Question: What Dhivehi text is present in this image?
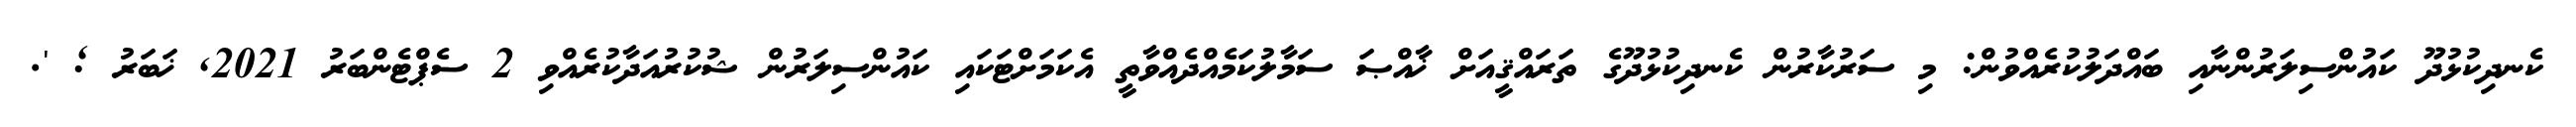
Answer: ކެނދިކުޅުދޫ ކައުންސިލަރުންނާއި ބައްދަލުކުރެއްވުން: މި ސަރުކާރުން ކެނދިކުޅުދޫގެ ތަރައްޤީއަށް ޚާއްޞަ ސަމާލުކަމެއްދެއްވާތީ އެކަމަށްޓަކައި ކައުންސިލަރުން ޝުކުރުއަދާކުރެއްވި 2 ސެޕްޓެންބަރު 2021, ޚަބަރު ; '.